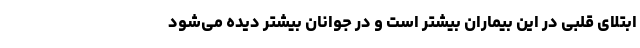
ابتلای قلبی در این بیماران بیشتر است و در جوانان بیشتر دیده می‌شود